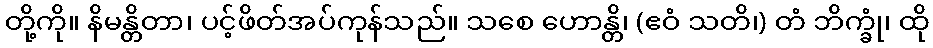
တို့ကို။ နိမန္တိတာ၊ ပင့်ဖိတ်အပ်ကုန်သည်။ သစေ ဟောန္တိ၊ (ဧဝံ သတိ၊) တံ ဘိက္ခုံ၊ ထို